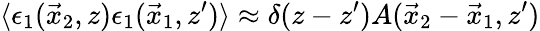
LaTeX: \langle\epsilon_{1}(\vec{x}_{2},z)\epsilon_{1}(\vec{x}_{1},z^{\prime})\rangle\approx\delta(z-z^{\prime})A(\vec{x}_{2}-\vec{x}_{1},z^{\prime})